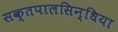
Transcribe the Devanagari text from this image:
सक्तपालसिन्धिया